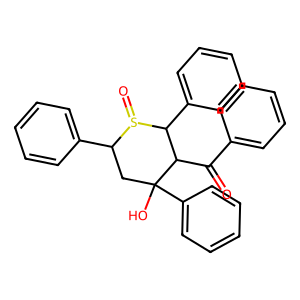
SMILES: O=C(c1ccccc1)C1C(c2ccccc2)S(=O)C(c2ccccc2)CC1(O)c1ccccc1
Inhibits HIV replication: No